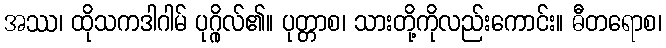
အဿ၊ ထိုသကဒါဂါမ် ပုဂ္ဂိုလ်၏။ ပုတ္တာစ၊ သားတို့ကိုလည်းကောင်း။ ဓီတရောစ၊